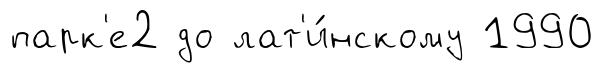
парк'е2 до лат'и́нскому 1990